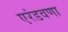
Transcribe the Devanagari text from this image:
एरंडवणा